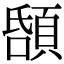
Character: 𩒲